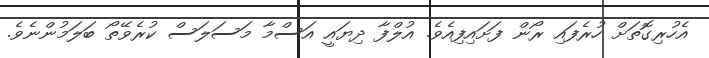
އެހުރިގޮތަށް ހުރެފައި ރޯން ފަށައިފިއެވެ. އުލްފާ ދިޔައީ އަސްމާ މަސަލަސް ކުރެވޭތޯ ބަލަމުންނެވެ.